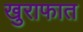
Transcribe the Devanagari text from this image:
खुराफात